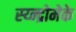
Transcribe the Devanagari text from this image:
स्य्न्द्रोमेके